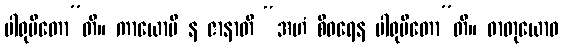
ပါရုပိတော”တိ။ ကာယောပိ န ဇာနာတိ “အဟံ စီဝရေန ပါရုပိတော”တိ။ ဓာတုယောဝ